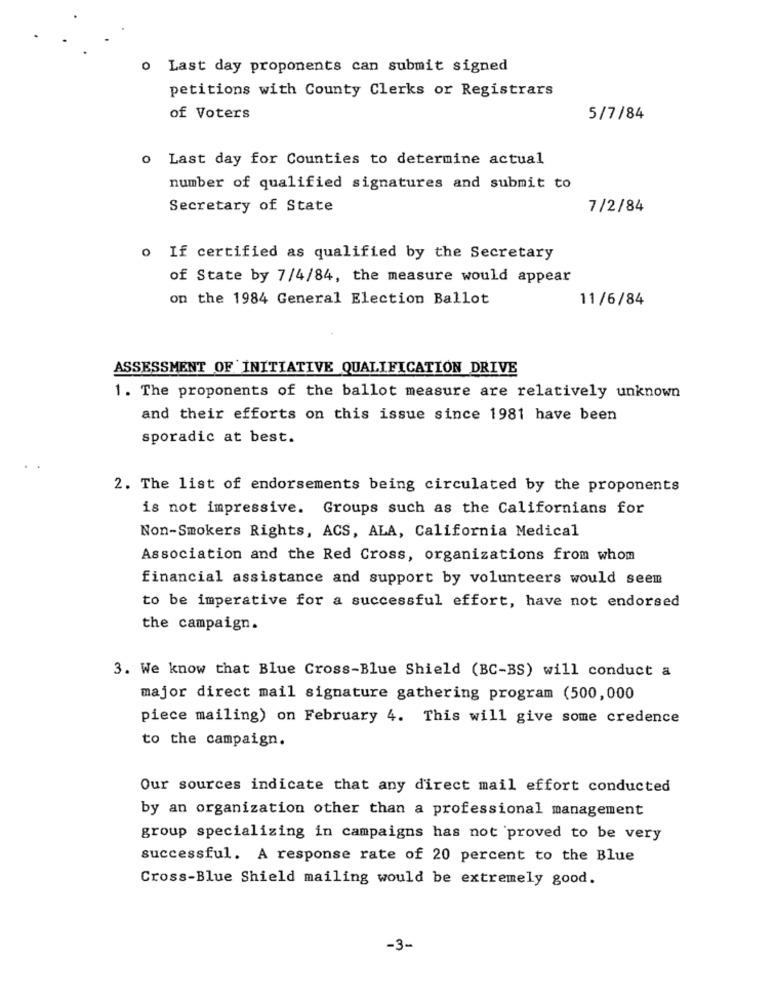
o Last day proponents can submit signed
petitions with County Clerks or Registrars
of Voters
5/7/84
o Last day for Counties to determine actual
number of qualified signatures and submit to
Secretary of State
7/2/84
o If certified as qualified by the Secretary
of State by 7/4/84, the measure would appear
on the 1984 General Election Ballot
11/6/84
ASSESSMENT OF INITIATIVE QUALIFICATION DRIVE
1. The proponents of the ballot measure are relatively unknown
and their efforts on this issue since 1981 have been
sporadic at best.
2. The list of endorsements being circulated by the proponents
is not impressive. Groups such as the Californians for
Non-Smokers Rights, ACS, ALA, California Medical
Association and the Red Cross, organizations from whom
financial assistance and support by volunteers would seem
to be imperative for a successful effort, have not endorsed
the campaign.
3. We know that Blue Cross-Blue Shield (BC-BS) will conduct a
major direct mail signature gathering program (500,000
piece mailing) on February 4. This will give some credence
to the campaign.
Our sources indicate that any direct mail effort conducted
by an organization other than a professional management
group specializing in campaigns has not proved to be very
successful. A response rate of 20 percent to the Blue
Cross-Blue Shield mailing would be extremely good.
-3-